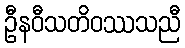
ဦနဝီသတိဝဿသညီ